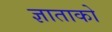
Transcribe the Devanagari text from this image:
ज्ञाताको